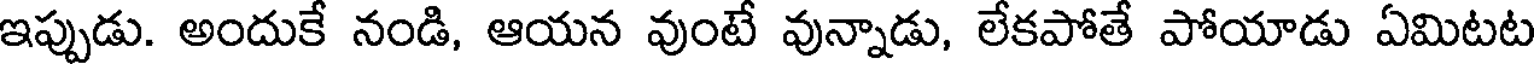
ఇప్పుడు. అందుకే నండి, ఆయన వుంటే వున్నాడు, లేకపోతే పోయాడు ఏమిటట